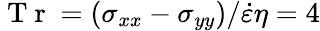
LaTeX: \mathrm{~T~r~}=(\sigma_{xx}-\sigma_{yy})/\dot{\varepsilon}\eta=4